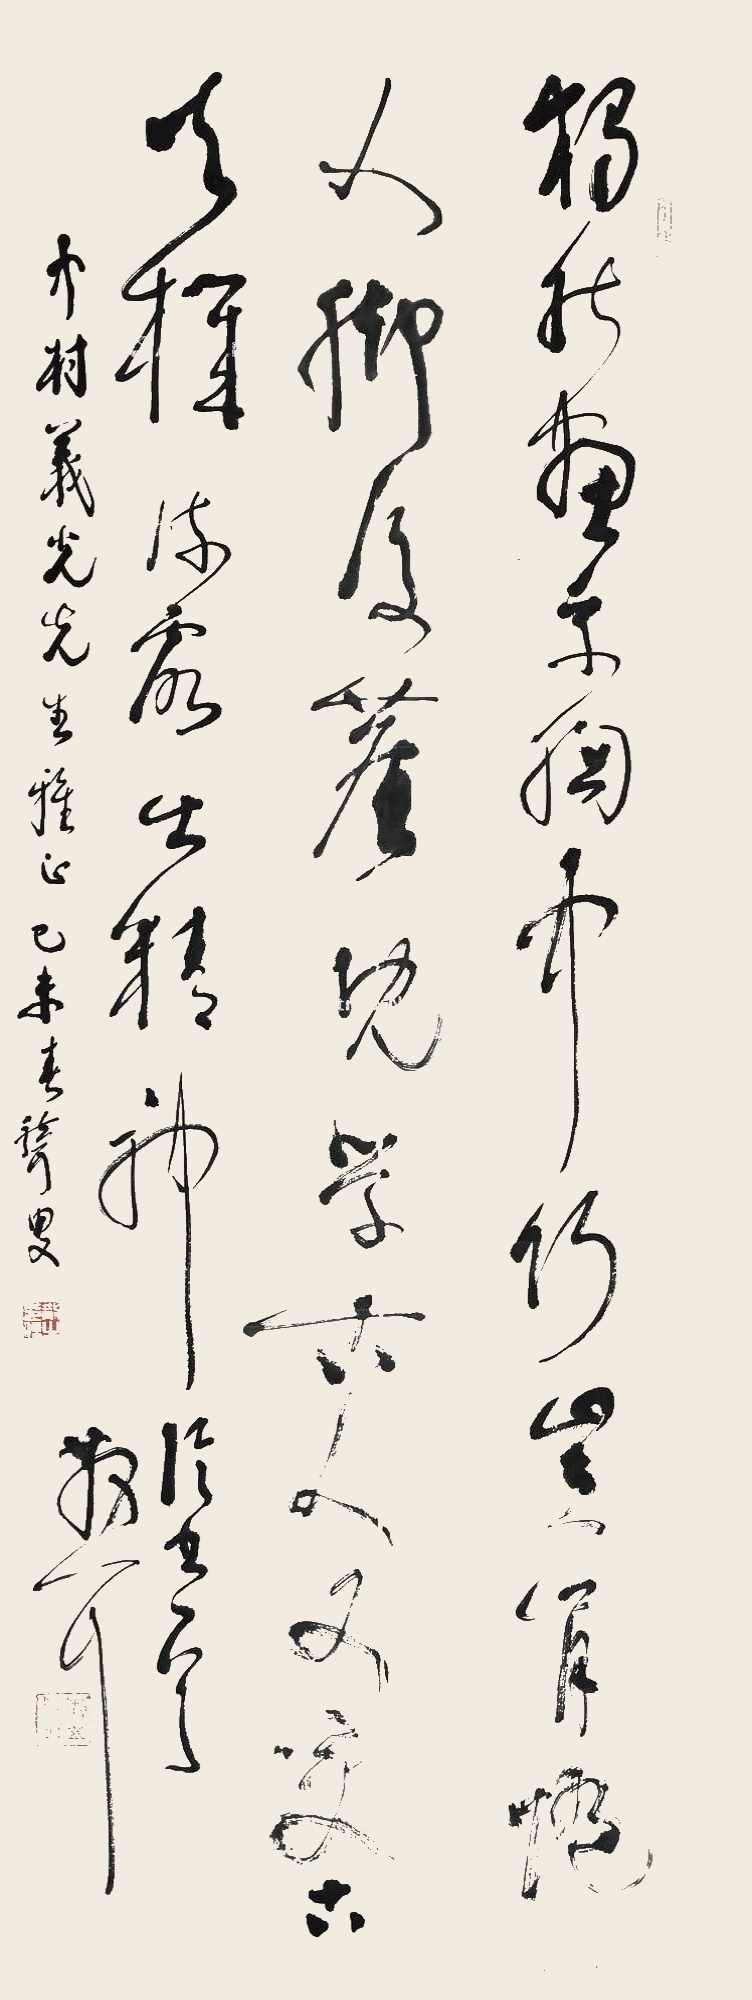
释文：独能画我胸中竹，岂肯随人脚后尘。既学古人又变古，天机流露出精神。论书诗，散耳。中村义光先生雅正。己未春，聋叟。